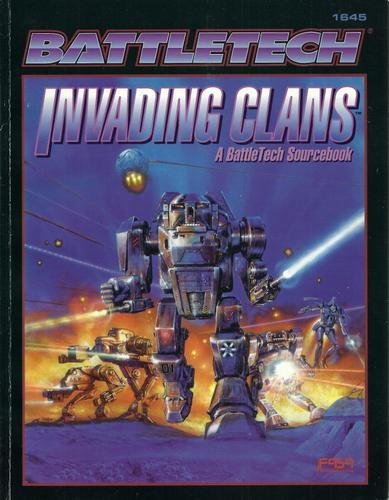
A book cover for Invading Clans: A Battletech Sourcebook; FASA Corporation; Science Fiction & Fantasy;